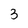
Character: 3